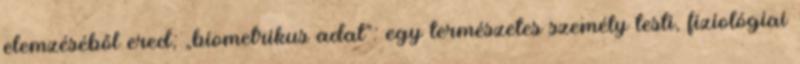
elemzéséből ered; „biometrikus adat”: egy természetes személy testi, fiziológiai